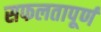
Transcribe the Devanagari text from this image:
सफलतापूर्ण